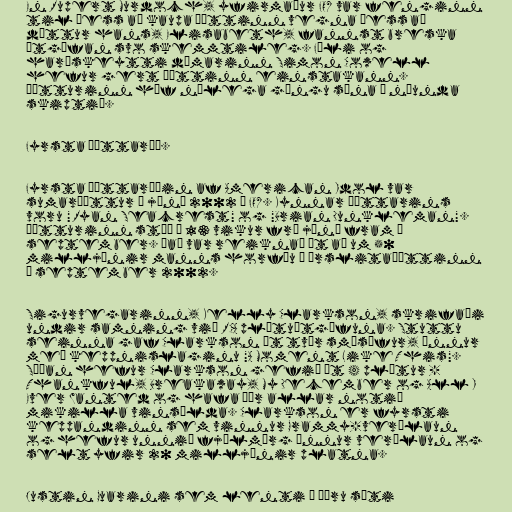
En Rupert Murdoch, yfirmaður FOX var fenginn
til þess að kaupa þáttinn vegna þess að
dóttur hans, Elisabeth, fannst breska
útgáfan svo skemmtileg. Fúli og
harðskeytti dómarinn Simon Cowell
hefur gert þáttinn einstakann.
Þátturinn hóf nýlega göngu sína í níunda
skiptið.

Fyrsta þáttaröð.

Fyrsta þáttaröðin af American Idol var
sumarþáttur í júní 2002 á FOX. Kynnar þáttarins
voru "Ryan Seacrest" og "Brian Dunkleman".
Þátturinn stóð í 13 vikur frá júní fram í
september. Það var reiknað út að um 50
milljónir manns horfðu á úrslitaþáttinn
í september 2002.

Sigurvegarinn, Kelly Clarkson, skrifaði
undir samning við RCA plötuútgáfuna. Stuttu
seinna gaf Clarkson út tvær smásífur, önnur
með keppnislaginu "A Moment Like This".
Síðan hefur Clarkson gefið út 4 plötur -
Thankful, Breakaway, My December og All I
Ever Wanted og hafa þær allar notið
mikilla vinsælda. Clarkson er fyrsti
keppandinn sem vinnur Grammy-verðlaun
og hefur unnið fjölmörg önnur verðlaun og
selt yfir 20 milljónir platna.

Justin Guarini sem lenti í öðru sæti